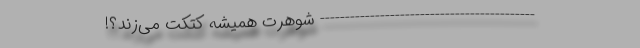
------------------------------------------- شوهرت همیشه کتکت می‌زند؟!